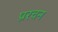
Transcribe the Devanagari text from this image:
प्ररचन